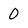
Character: 0